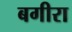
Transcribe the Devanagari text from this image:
बगीरा